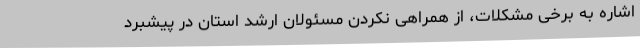
اشاره به برخی مشکلات، از همراهی نکردن مسئولان ارشد استان در پیشبرد